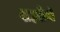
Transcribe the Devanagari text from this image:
शहरीयों